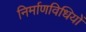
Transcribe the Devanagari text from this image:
निर्माणविधियों